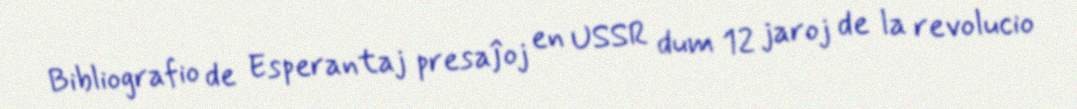
Bibliografio de Esperantaj presaĵoj en USSR dum 12 jaroj de la revolucio